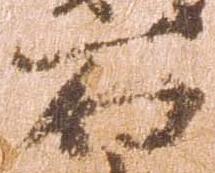
石